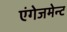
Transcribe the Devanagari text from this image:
एंगेजमेन्ट